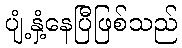
ပျံ့နှံ့နေပြီဖြစ်သည်